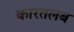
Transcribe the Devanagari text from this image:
कारतलब